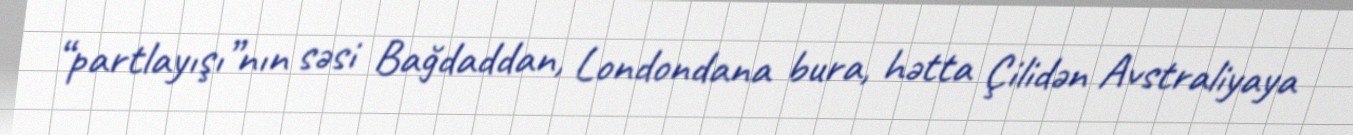
“partlayışı”nın səsi Bağdaddan, Londondana bura, hətta Çilidən Avstraliyaya